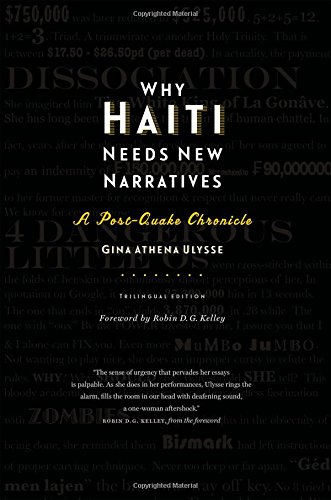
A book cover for Why Haiti Needs New Narratives: A Post-Quake Chronicle; Gina Athena Ulysse; Literature & Fiction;